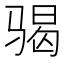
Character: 𩨀